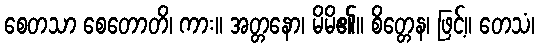
စေတသာ စေတောတိ၊ ကား။ အတ္တနော၊ မိမိ၏။ စိတ္တေန၊ ဖြင့်။ တေသံ၊